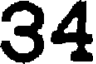
34